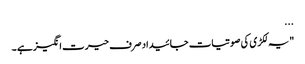
...
"یہ لکڑی کی صوتیات جائیداد صرف حیرت انگیز ہے ۔